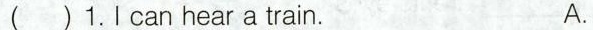
( )1.Ⅰcan hear a train. A